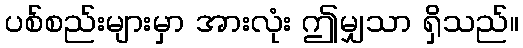
ပစ်စည်းများမှာ အားလုံး ဤမျှသာ ရှိသည်။